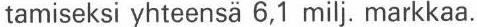
tamiseksi yhteensä 6,1 milj. markkaa.